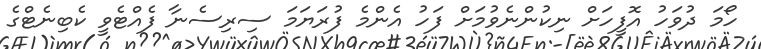
ހޯމަ ދުވަހު އޮފީހަށް ނިކުންނެވުމަށް ފަހު އެންމެ ފުރަޔަމަ ސިރިސެނާ ފެއްޓެވީ ކެބިނެޓްގެ